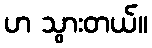
ဟ သွားတယ်။